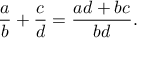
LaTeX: { \frac { a } { b } } + { \frac { c } { d } } = { \frac { a d + b c } { b d } } .